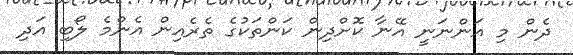
ދެން މި އަންނަނީ އޭނާ ކޮށްދިން ކަންތަކުގެ ތެރެއިން އެންމެ ލޯބި އަދި